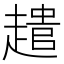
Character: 𮚾